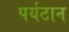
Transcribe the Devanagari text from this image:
पर्यटान